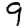
Digit: 9